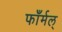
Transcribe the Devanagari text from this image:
फाँर्मल्